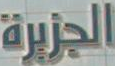
الجزيرة